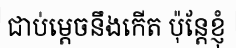
ជាប់ម្តេចនឹងកើត ប៉ុន្តែខ្ញុំ